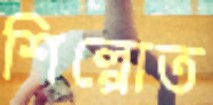
শিল্পোত